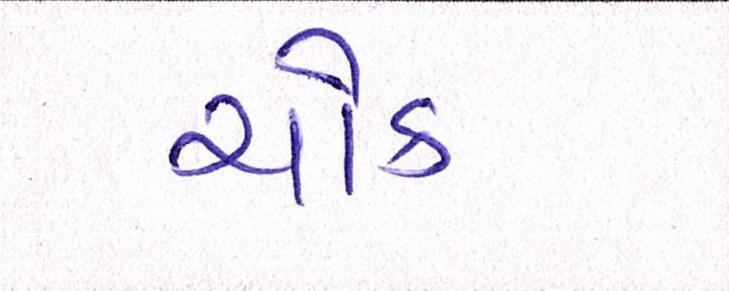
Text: ચોક